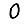
Digit: 0